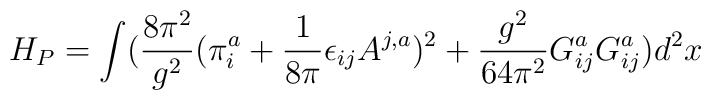
H_P = \int(\frac{8\pi^{2}}{g^{2}}(\pi^{a}_{i} +\frac{1}{8\pi} \epsilon_{ij}A^{j,a})^{2} + \frac{g^{2}}{64\pi^{2}}G^{a}_{ij}G^{a}_{ij})d^{2}x